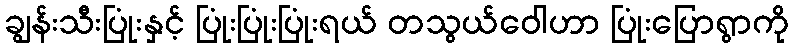
ချွန်းသီးပြုံးနှင့် ပြုံးပြုံးပြုံးရယ် တသွယ်ဝေါဟာ ပြုံးပြောရွာကို